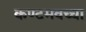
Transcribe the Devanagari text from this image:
कण्टमवच्चा